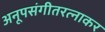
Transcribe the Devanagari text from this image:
अनूपसंगीतरत्नाकर